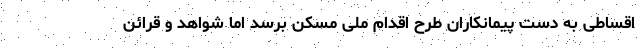
اقساطی به دست پیمانکاران طرح اقدام ملی مسکن برسد اما شواهد و قرائن